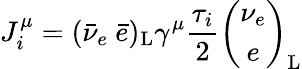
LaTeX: J_{i}^{\mu}=(\bar{\nu}_{e}~\bar{e})_{\mathrm{L}}\gamma^{\mu}\frac{\tau_{i}}{2}\left(\begin{array}{c}{{\nu_{e}}}\\ {{e}}\end{array}\right)_{\mathrm{L}}